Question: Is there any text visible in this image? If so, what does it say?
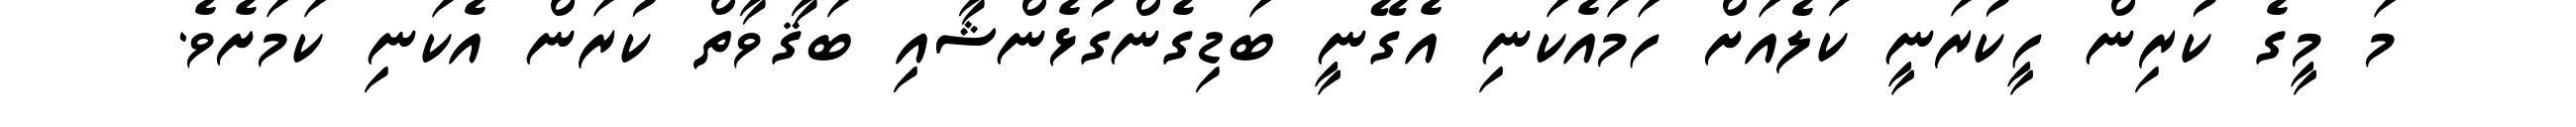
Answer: މަ މީގެ ކުރިން ހީކުރަނީ ކަލެއަށް ހަމައެކަނި އެގޭނީ ބަޑިގެންގުޅެންޝާއި ބަޤާވާތް ކުރަން އެކަނި ކަމަށެވެ.